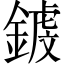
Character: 𨪝